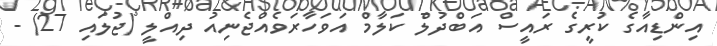
އިންޑިއާގެ ކުރީގެ ރައީސް އަބްދުލް ކަލާމް އަވަހާރަވެއްޖެނިއު ދިއްލީ (ޖުލައި 27) -